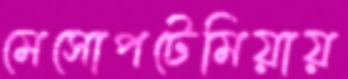
মেসোপটেমিয়ায়